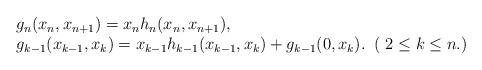
LaTeX: \begin{align*}\begin{array}{l}g_n(x_n,x_{n+1})=x_n h_n(x_n,x_{n+1}),\\g_{k-1}(x_{k-1},x_k)=x_{k-1}h_{k-1}(x_{k-1},x_k)+g_{k-1}(0,x_k).\;\;( \;2 \leq k \leq n.)\end{array}\end{align*}